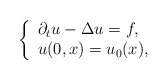
\begin{align*}\left\{\begin{array}{ll}\partial_tu-\Delta u=f,\\ u(0,x)=u_0(x),\end{array}\right.\end{align*}